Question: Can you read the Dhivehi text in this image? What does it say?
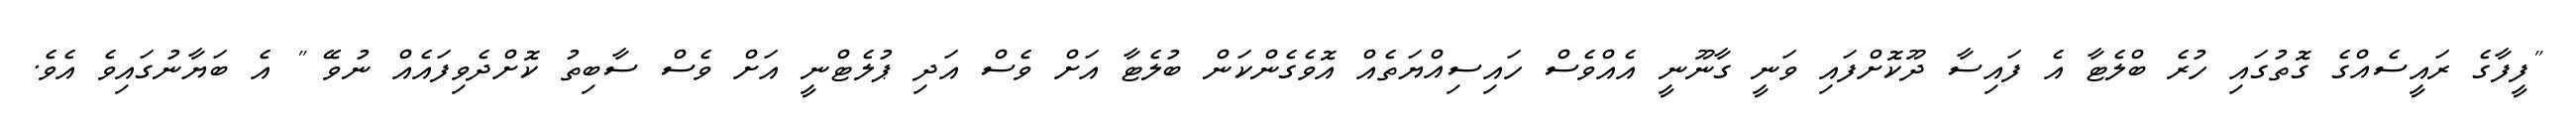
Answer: "ފީފާގެ ރައީސެއްގެ ގޮތުގައި ހުރެ ބްލެޓާ އެ ފައިސާ ދޫކޮށްފައި ވަނީ ގާނޫނީ އެއްވެސް ހައިސިއްޔަތެއް އޮވެގެންކަން ބުލެޓާ އަށް ވެސް އަދި ޕުލެޓްނީ އަށް ވެސް ސާބިތު ކޮށްދެވިފައެއް ނުވޭ " އެ ބަޔާނުގައިވެ އެވެ.